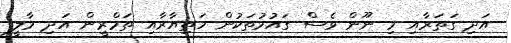
އަދި ގަތަރާއި މި ނޫން ވެސް ގައުމުތަކުން ހަތިޔާރާއި ތަމްރީން އަދި މާލީ